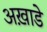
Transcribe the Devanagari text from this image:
अख़ाडे